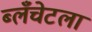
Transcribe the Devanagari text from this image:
ब्लँचेटला